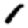
Digit: 1